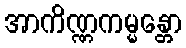
အာကိဏ္ဏကမ္မန္တော